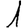
Digit: 1